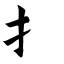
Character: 扌